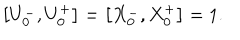
LaTeX: \left[ U _ { 0 } ^ { - } , U _ { 0 } ^ { + } \right] = \left[ X _ { 0 } ^ { - } , X _ { 0 } ^ { + } \right] = 1 .